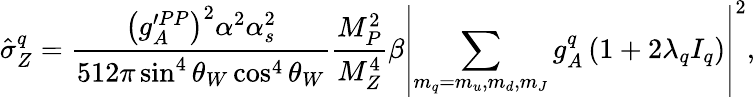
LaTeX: \hat{\sigma}_{Z}^{q}=\frac{\left(g_{A}^{\prime PP}\right)^{2}\alpha^{2}\alpha_{s}^{2}}{512\pi\sin^{4}\theta_{W}\cos^{4}\theta_{W}}\frac{M_{P}^{2}}{M_{Z}^{4}}\beta\left|\sum_{m_{q}=m_{u},m_{d},m_{J}}g_{A}^{q}\left(1+2\lambda_{q}I_{q}\right)\right|^{2},